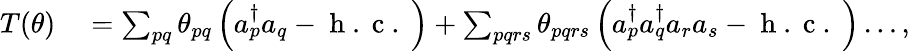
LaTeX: \begin{array}{rl}{T(\theta)}&{{}=\sum_{pq}\theta_{pq}\left(a_{p}^{\dagger}a_{q}-\mathrm{~h~.~c~.~}\right)+\sum_{pqrs}\theta_{pqrs}\left(a_{p}^{\dagger}a_{q}^{\dagger}a_{r}a_{s}-\mathrm{~h~.~c~.~}\right)\ldots,}\end{array}